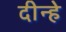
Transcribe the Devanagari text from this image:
दीन्हे